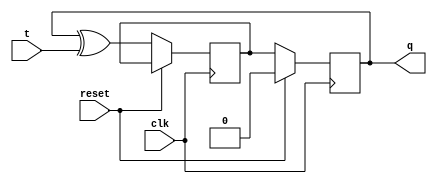
module t_ff (
    input wire clk,
    input wire reset,
    input wire t,
    output reg q
);

reg d;

always @ (posedge clk) begin
    if (reset) begin
        q <= 1'b0;
    end else begin
        d <= q ^ t;
        q <= d;
    end
end

endmodule